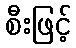
စီးဖြင့်